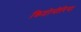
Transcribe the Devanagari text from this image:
क्रिप्टोमीरिया